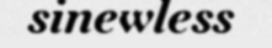
sinewless